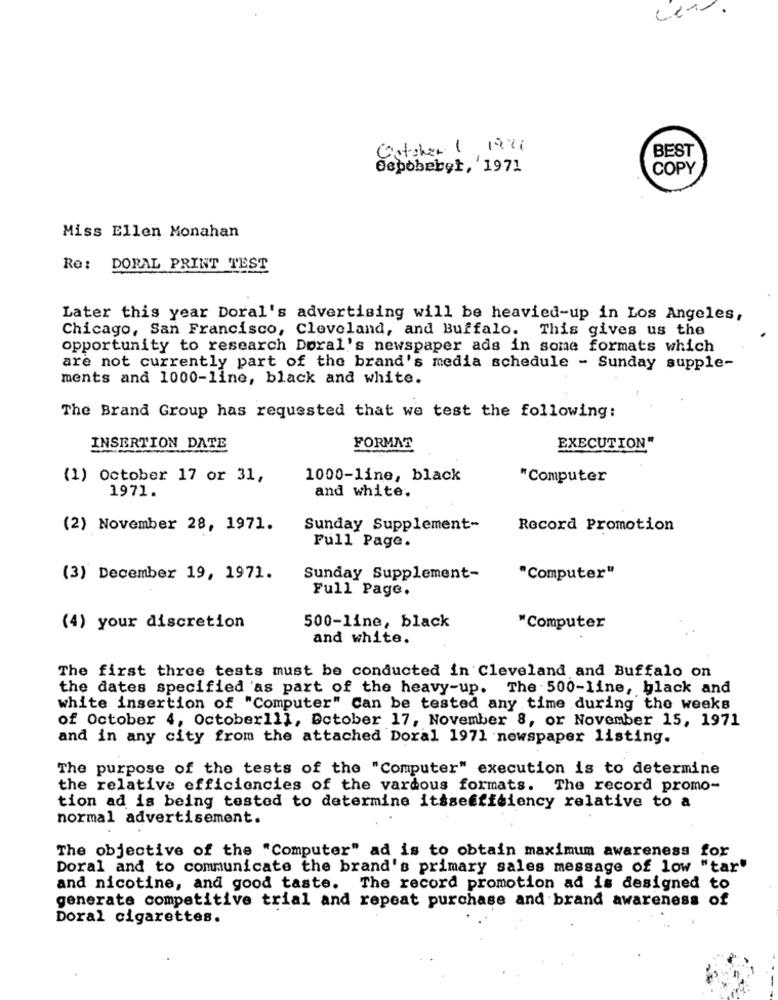
Catsher 1 10:11
BEST
Cepobebet, 1971
COPY
Miss Ellen Monahan
Re:
DORAL PRINT TEST
Later this year Doral's advertising will be heavied-up in Los Angeles,
Chicago, San Francisco, Cleveland, and Buffalo. This gives us the
opportunity to research Doral's newspaper ads in some formats which
are not currently part of the brand's media schedule - Sunday supple-
ments and 1000-line, black and white.
The Brand Group has requested that we test the following:
INSERTION DATE
FORMAT
EXECUTION"
(1) October 17 or 31,
1000-line, black
"Computer
1971.
and white.
(2) November 28, 1971.
Sunday Supplement-
Record Promotion
Full Page.
(3) December 19, 1971.
Sunday Supplement-
"Computer"
Full Page.
500-line, black
(4) your discretion
"Computer
and white.
The first three tests must be conducted in Cleveland and Buffalo on
the dates specified 'as part of the heavy-up. The 500-line, black and
white insertion of "Computer" Can be tested any time during the weeks
of October 4, October111, October 17, November 8, or November 15, 1971
and in any city from the attached Doral 1971 newspaper listing.
The purpose of the tests of the "Computer" execution is to determine
the relative efficiencies of the vardous formats. The record promo-
tion ad is being tested to determine itssefficiency relative to a
normal advertisement.
The objective of the "Computer" ad is to obtain maximum awareness for
Doral and to communicate the brand's primary sales message of low "tar"
and nicotine, and good taste. The record promotion ad is designed to
generate competitive trial and repeat purchase and brand awareness of
Doral cigarettes.